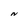
Character: N